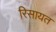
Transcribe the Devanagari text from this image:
रिसायत